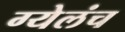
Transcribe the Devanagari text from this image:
ग्येलंच